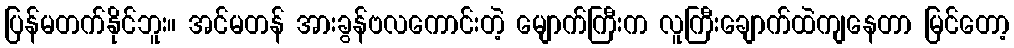
ပြန်မတက်နိုင်ဘူး။ အင်မတန် အားခွန်ဗလကောင်းတဲ့ မျောက်ကြီးက လူကြီးချောက်ထဲကျနေတာ မြင်တော့